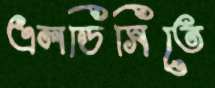
এলডিসিতে